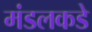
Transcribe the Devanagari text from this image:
मंडलकडे